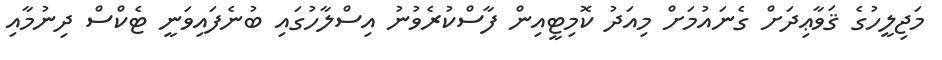
މަޖިލީހުގެ ޤަވާޢިދަށް ގެނައުމަށް މިއަދު ކޮމިޓީއިން ފާސްކުރެވުނު އިސްލާހުގައި ބުނެފައިވަނީ ޓެކްސް ދިނުމާއި